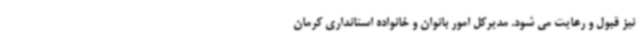
نیز قبول و رعایت می شود. مدیرکل امور بانوان و خانواده استانداری کرمان